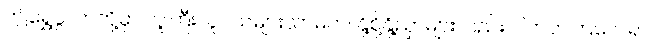
ဤရွှေပွဲလာတို့မှာ လူကြီးလူငယ်များသာမက၊ နို့စို့နို့ညှာများလည်း ပါတတ်ကြလေရာ၊